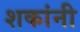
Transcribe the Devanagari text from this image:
शकांनी